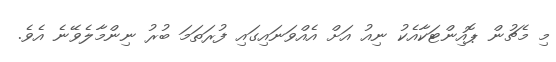
މި މެޗުން ޕޮއިންޓަކާއެކު ނިއު އަށް އެއްވަނައިގައި ފުރަތަމަ ބުރު ނިންމާލެވޭނެ އެވެ.